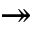
\twoheadrightarrow